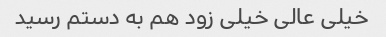
خیلی عالی خیلی زود هم به دستم رسید